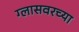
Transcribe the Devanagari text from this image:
ग्लासवरच्या